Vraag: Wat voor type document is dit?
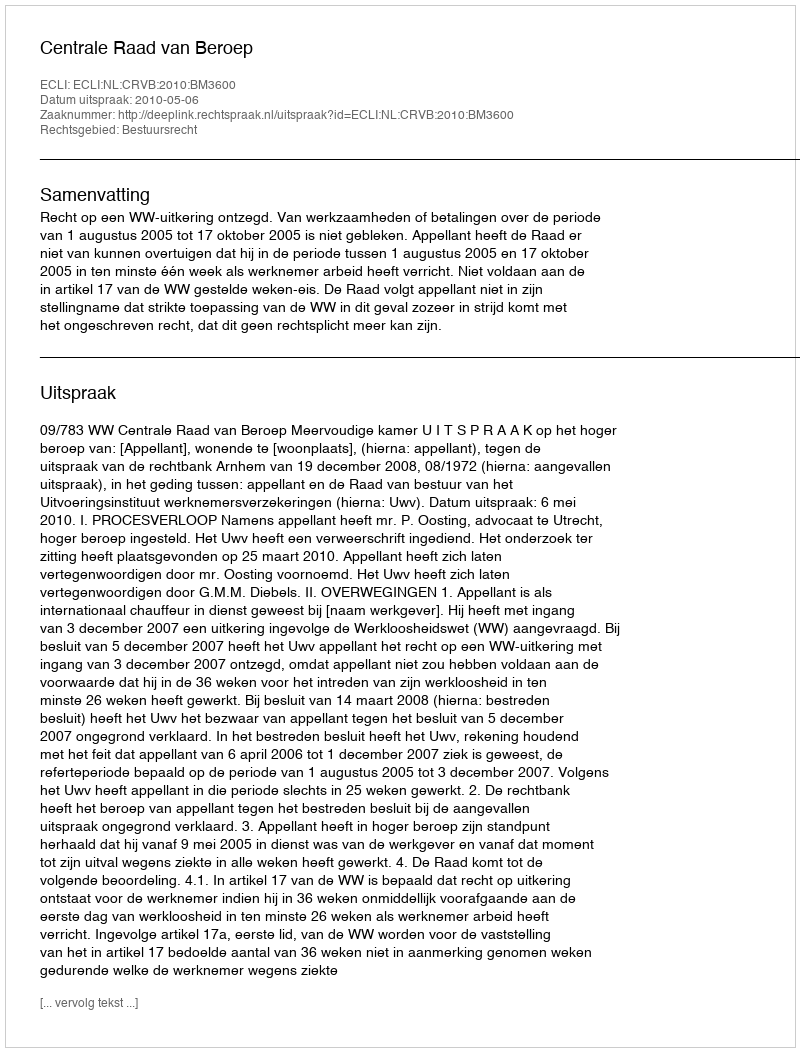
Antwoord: Uitspraak